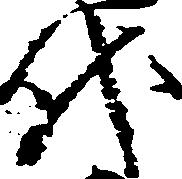
代